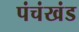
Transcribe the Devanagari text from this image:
पंचंखंड